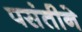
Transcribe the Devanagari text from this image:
पसंतीने